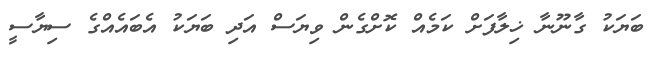
ބަޔަކު ގާނޫނާ ޚިލާފަށް ކަމެއް ކޮށްގެން ވިޔަސް އަދި ބަޔަކު އެބައެއްގެ ސިޔާސީ